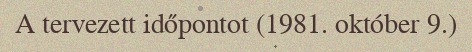
A tervezett időpontot (1981. október 9.)